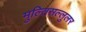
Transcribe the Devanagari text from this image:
मुल्तिसल्लुलर